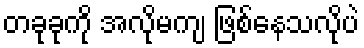
တခုခုကို အလိုမကျ ဖြစ်နေသလိုပဲ